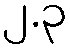
၂.၃